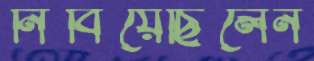
নিবিয়েছিলেন